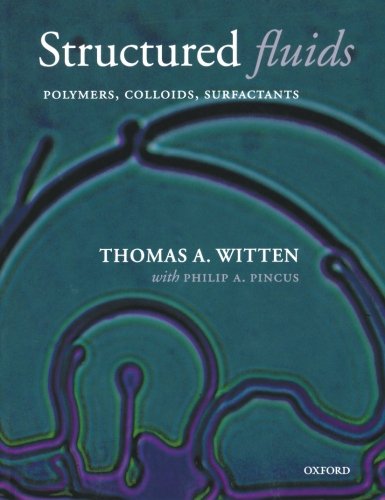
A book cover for Structured Fluids: Polymers, Colloids, Surfactants; Thomas A. Witten; Science & Math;